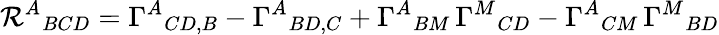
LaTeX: \mathcal{R}^{A}{}_{BCD}=\Gamma^{A}{}_{CD,B}-\Gamma^{A}{}_{BD,C}+\Gamma^{A}{}_{BM}\, \Gamma^{M}{}_{CD}-\Gamma^{A}{}_{CM}\, \Gamma^{M}{}_{BD}